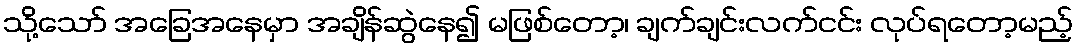
သို့သော် အခြေအနေမှာ အချိန်ဆွဲနေ၍ မဖြစ်တော့၊ ချက်ချင်းလက်ငင်း လုပ်ရတော့မည့်